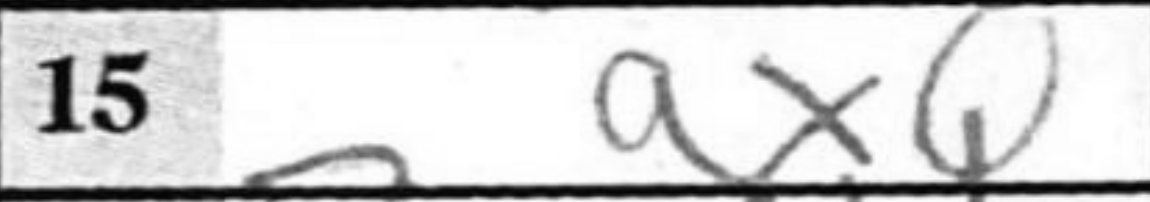
Transcription: axQ